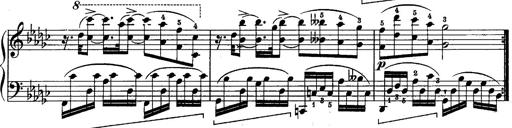
Title: Schubert's Impromptus [revised and edited by Franz Liszt]
Composer: Franz Liszt